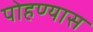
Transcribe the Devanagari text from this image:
पोहण्यास